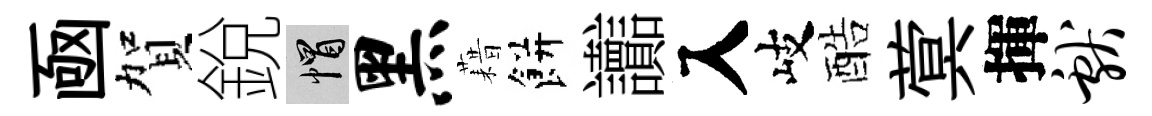
凾賀銳帽黑藉餅讟入岐酷蓂揮献